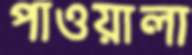
পাওয়ালা